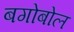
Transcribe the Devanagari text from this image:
बगोबोल